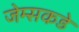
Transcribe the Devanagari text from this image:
जेम्सकडे